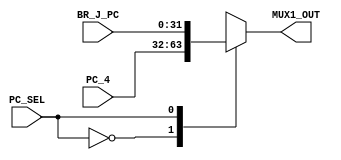
module mux1(BR_J_PC, PC_4, PC_SEL, MUX1_OUT);
`timescale  1ns/100ps
	//0-PC_4  1-BR_J_PC
	input[31:0] BR_J_PC, PC_4;
	input PC_SEL;
	
	output reg[31:0] MUX1_OUT;

	always @(PC_SEL) 
	begin
		#1
		case(PC_SEL)
		
			1'b0:begin
				MUX1_OUT = PC_4;
			end
		
			1'b1:begin
				MUX1_OUT = BR_J_PC;
			end
		endcase		
	end

endmodule